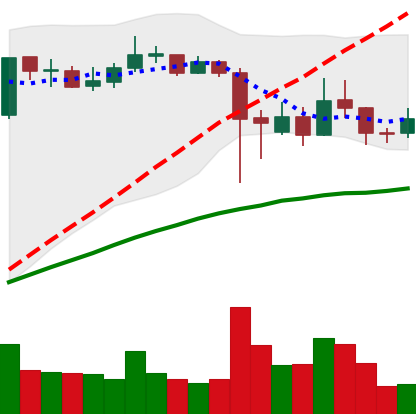
Ticker: ADA-USD
Chart end date: 2021-09-15
Forward return: -17.494%
Label: down_7plus